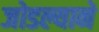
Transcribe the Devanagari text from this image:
जोडल्याने